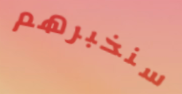
سنخبرهم